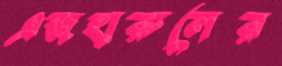
এজহারুলের